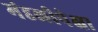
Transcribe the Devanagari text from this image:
मंडळीपेक्षा